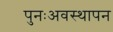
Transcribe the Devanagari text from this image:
पुनःअवस्थापन